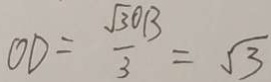
O D = \frac { \sqrt { 3 0 } B } { 3 } = \sqrt { 3 }